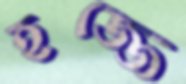
হজ্জে